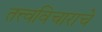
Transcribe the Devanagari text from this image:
तत्त्वविचाराचे